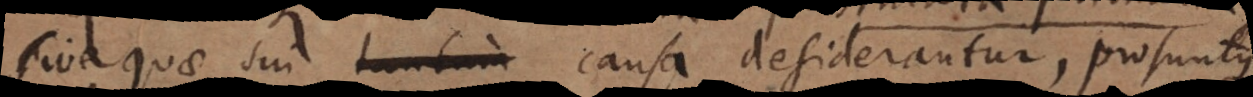
sive quae sui causa desiderantur, prosu